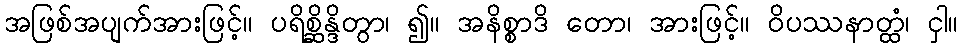
အဖြစ်အပျက်အားဖြင့်။ ပရိစ္ဆိန္ဒိတွာ၊ ၍။ အနိစ္စာဒိ တော၊ အားဖြင့်။ ဝိပဿနာတ္ထံ၊ ငှါ။